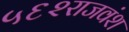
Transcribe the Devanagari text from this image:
५६२राजवंश